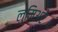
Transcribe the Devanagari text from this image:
लुमिअरे